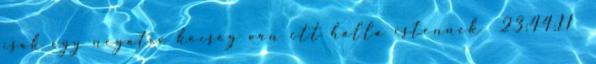
csak egy negativ köcsög van itt hálla istennek 23:44:11